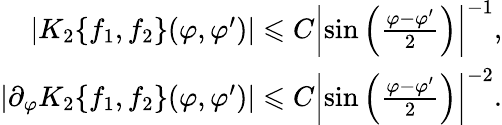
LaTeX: \begin{array}{r}{|K_{2}\{ f_{1},f_{2}\} (\varphi,\varphi^{\prime})|\leqslant C\left|\sin\left(\frac{\varphi-\varphi^{\prime}}{2}\right)\right|^{-1},}\\ {|\partial_{\varphi}K_{2}\{ f_{1},f_{2}\} (\varphi,\varphi^{\prime})|\leqslant C\left|\sin\left(\frac{\varphi-\varphi^{\prime}}{2}\right)\right|^{-2}.}\end{array}